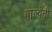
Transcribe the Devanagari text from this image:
बाल्वेनी